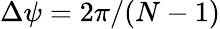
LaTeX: \Delta\psi=2\pi/(N-1)